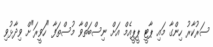
ސަރުކާރު ހިންގާ މައި ޕާޓީ ޕީޕީއެމް އަށް ނިސްބަތްވާ މުސްތަފާ "ހަވީރަ"ށް ވިދާޅުވި